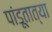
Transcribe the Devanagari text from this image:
पांडूतात्या